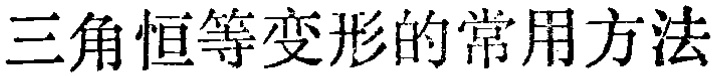
三角恒等变形的常用方法